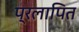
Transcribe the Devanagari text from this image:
प्रलापित